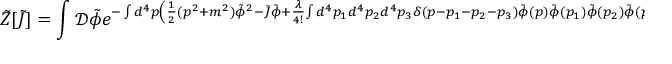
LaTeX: { \tilde { Z } } [ { \tilde { J } } ] = \int { \mathcal { D } } { \tilde { \phi } } e ^ { - \int d ^ { 4 } p \left( { \frac { 1 } { 2 } } ( p ^ { 2 } + m ^ { 2 } ) { \tilde { \phi } } ^ { 2 } - { \tilde { J } } { \tilde { \phi } } + { \frac { \lambda } { 4 ! } } { \int d ^ { 4 } p _ { 1 } d ^ { 4 } p _ { 2 } d ^ { 4 } p _ { 3 } \delta ( p - p _ { 1 } - p _ { 2 } - p _ { 3 } ) { \tilde { \phi } } ( p ) { \tilde { \phi } } ( p _ { 1 } ) { \tilde { \phi } } ( p _ { 2 } ) { \tilde { \phi } } ( p _ { 3 } ) } \right) } .